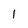
Character: l